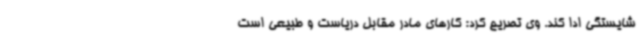
شایستگی ادا کند. وی تصریح کرد: کارهای مادر مقابل دریاست و طبیعی است